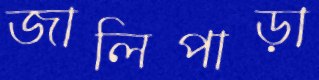
জালিপাড়া